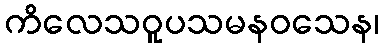
ကိလေသဝူပသမနဝသေန၊